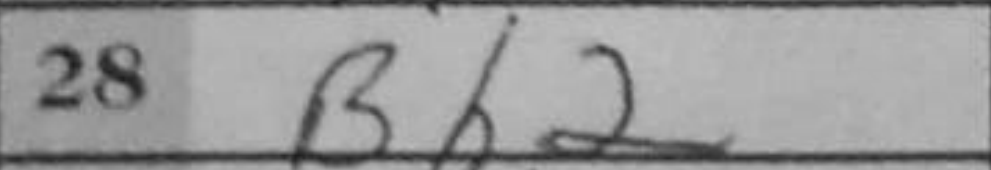
Transcription: Bh2